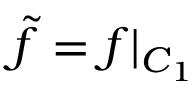
\tilde { f } = f | _ { C _ { 1 } }